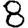
Digit: 8